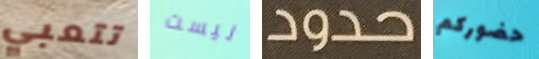
تتعبي ليست حدود حضوركم